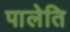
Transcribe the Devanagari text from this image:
पालेति